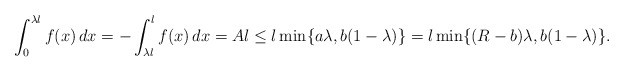
\begin{align*}\int_0^{\lambda l} f(x)\,dx=-\int_{\lambda l}^l f(x)\,dx=Al\le l\min\{a\lambda,b(1-\lambda)\}=l\min\{(R-b)\lambda,b(1-\lambda)\}.\end{align*}